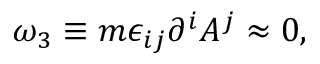
\omega _ { 3 } \equiv m \epsilon _ { i j } \partial ^ { i } A ^ { j } \approx 0 ,